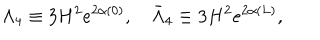
\Lambda _ { 4 } \equiv 3 H ^ { 2 } e ^ { 2 \alpha ( 0 ) } , \quad \bar { \Lambda } _ { 4 } \equiv 3 H ^ { 2 } e ^ { 2 \alpha ( L ) } ,